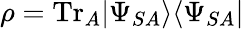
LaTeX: \rho=\mathrm{Tr}_{A}|\Psi_{SA}\rangle\langle\Psi_{SA}|